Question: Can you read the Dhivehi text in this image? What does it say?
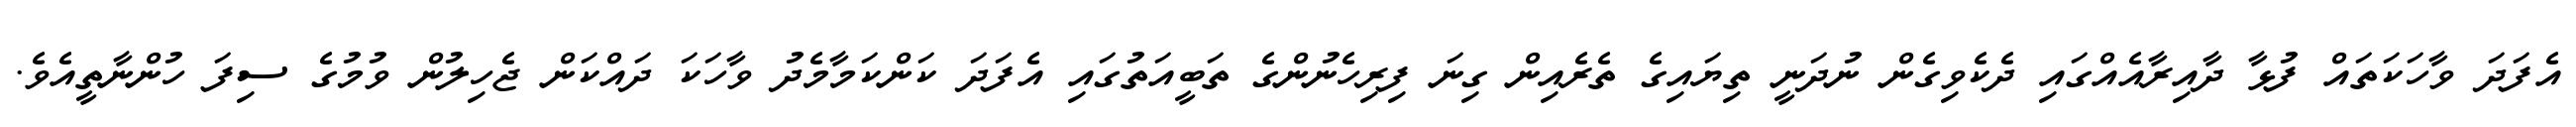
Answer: އެފަދަ ވާހަކަތައް ފުޅާ ދާއިރާއެއްގައި ދެކެވިގެން ނުދަނީ ތިޔައިގެ ތެރެއިން ގިނަ ފިރިހެނުންގެ ތަބީއަތުގައި އެފަދަ ކަންކަމާމެދު ވާހަކަ ދައްކަން ޖެހިލުން ވުމުގެ ސިފަ ހުންނާތީއެވެ.